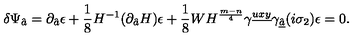
\delta \Psi _ { \hat { a } } = \partial _ { \hat { a } } \epsilon + { \frac { 1 } { 8 } } H ^ { - 1 } ( \partial _ { \hat { a } } H ) \epsilon + { \frac { 1 } { 8 } } W H ^ { { \frac { m - n } { 4 } } } \gamma ^ { \underline { { u x y } } } \gamma _ { \underline { { \hat { a } } } } ( i \sigma _ { 2 } ) \epsilon = 0 .